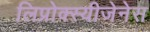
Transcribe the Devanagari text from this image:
लिप्रोक्स्यीजेनेस